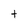
Character: t